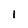
Character: 1